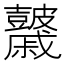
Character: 𥀻